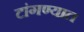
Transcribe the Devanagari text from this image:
टांगण्यात